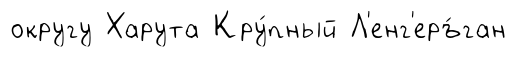
округу Харута Кру́пный Л'енг'еръ́ган